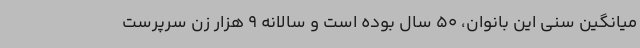
میانگین سنی این بانوان، 50 سال بوده است و سالانه 9 هزار زن سرپرست